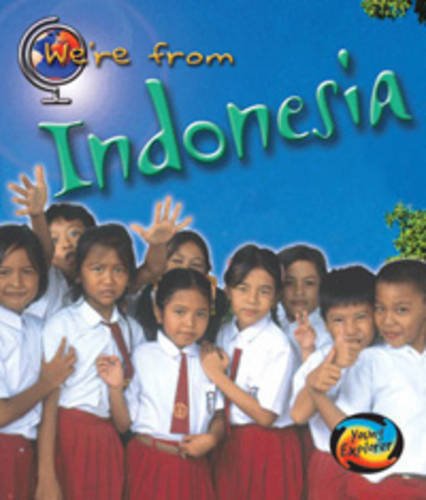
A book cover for Indonesia (We're FromE¦); Travel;